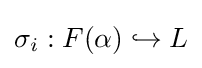
\sigma _{i}:F(\alpha )\hookrightarrow L